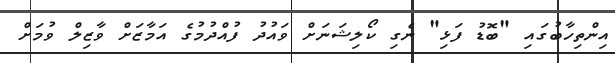
އިންތިހާބުގައި "ބޮޑު ފަޅި" ނެގި ކޯލިޝަނަށް ވައުދު ފުއްދުމުގެ އަމާޒަށް ވާޒިލް ވުމަށް